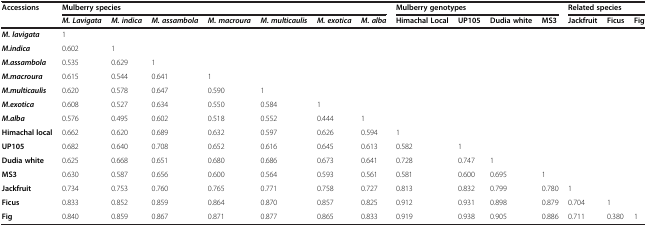
<table><thead><tr><td rowspan="2"><b>Accessions</b></td><td colspan="7"><b>Mulberry species</b></td><td colspan="4"><b>Mulberry genotypes</b></td><td colspan="3"><b>Related species</b></td></tr><tr><td><b><i>M. Lavigata</i></b></td><td><b><i>M. indica</i></b></td><td><b><i>M. assambola</i></b></td><td><b><i>M. macroura</i></b></td><td><b><i>M. multicaulis</i></b></td><td><b><i>M. exotica</i></b></td><td><b><i>M. alba</i></b></td><td><b>Himachal Local</b></td><td><b>UP105</b></td><td><b>Dudia white</b></td><td><b>MS3</b></td><td><b>Jackfruit</b></td><td><b>Ficus</b></td><td><b>Fig</b></td></tr></thead><tbody><tr><td><b><i>M. lavigata</i></b></td><td>1</td><td> </td><td> </td><td> </td><td> </td><td> </td><td> </td><td> </td><td> </td><td> </td><td> </td><td> </td><td> </td><td> </td></tr><tr><td><b><i>M.indica</i></b></td><td>0.602</td><td>1</td><td> </td><td> </td><td> </td><td> </td><td> </td><td> </td><td> </td><td> </td><td> </td><td> </td><td> </td><td> </td></tr><tr><td><b><i>M.assambola</i></b></td><td>0.535</td><td>0.629</td><td>1</td><td> </td><td> </td><td> </td><td> </td><td> </td><td> </td><td> </td><td> </td><td> </td><td> </td><td> </td></tr><tr><td><b><i>M.macroura</i></b></td><td>0.615</td><td>0.544</td><td>0.641</td><td>1</td><td> </td><td> </td><td> </td><td> </td><td> </td><td> </td><td> </td><td> </td><td> </td><td> </td></tr><tr><td><b><i>M.multicaulis</i></b></td><td>0.620</td><td>0.578</td><td>0.647</td><td>0.590</td><td>1</td><td> </td><td> </td><td> </td><td> </td><td> </td><td> </td><td> </td><td> </td><td> </td></tr><tr><td><b><i>M.exotica</i></b></td><td>0.608</td><td>0.527</td><td>0.634</td><td>0.550</td><td>0.584</td><td>1</td><td> </td><td> </td><td> </td><td> </td><td> </td><td> </td><td> </td><td> </td></tr><tr><td><b><i>M.alba</i></b></td><td>0.576</td><td>0.495</td><td>0.602</td><td>0.518</td><td>0.552</td><td>0.444</td><td>1</td><td> </td><td> </td><td> </td><td> </td><td> </td><td> </td><td> </td></tr><tr><td><b>Himachal local</b></td><td>0.662</td><td>0.620</td><td>0.689</td><td>0.632</td><td>0.597</td><td>0.626</td><td>0.594</td><td>1</td><td> </td><td> </td><td> </td><td> </td><td> </td><td> </td></tr><tr><td><b>UP105</b></td><td>0.682</td><td>0.640</td><td>0.708</td><td>0.652</td><td>0.616</td><td>0.645</td><td>0.613</td><td>0.582</td><td>1</td><td> </td><td> </td><td> </td><td> </td><td> </td></tr><tr><td><b>Dudia white</b></td><td>0.625</td><td>0.668</td><td>0.651</td><td>0.680</td><td>0.686</td><td>0.673</td><td>0.641</td><td>0.728</td><td>0.747</td><td>1</td><td> </td><td> </td><td> </td><td> </td></tr><tr><td><b>MS3</b></td><td>0.630</td><td>0.587</td><td>0.656</td><td>0.600</td><td>0.564</td><td>0.593</td><td>0.561</td><td>0.581</td><td>0.600</td><td>0.695</td><td>1</td><td> </td><td> </td><td> </td></tr><tr><td><b>Jackfruit</b></td><td>0.734</td><td>0.753</td><td>0.760</td><td>0.765</td><td>0.771</td><td>0.758</td><td>0.727</td><td>0.813</td><td>0.832</td><td>0.799</td><td>0.780</td><td>1</td><td> </td><td> </td></tr><tr><td><b>Ficus</b></td><td>0.833</td><td>0.852</td><td>0.859</td><td>0.864</td><td>0.870</td><td>0.857</td><td>0.825</td><td>0.912</td><td>0.931</td><td>0.898</td><td>0.879</td><td>0.704</td><td>1</td><td> </td></tr><tr><td><b>Fig</b></td><td>0.840</td><td>0.859</td><td>0.867</td><td>0.871</td><td>0.877</td><td>0.865</td><td>0.833</td><td>0.919</td><td>0.938</td><td>0.905</td><td>0.886</td><td>0.711</td><td>0.380</td><td>1</td></tr></tbody></table>